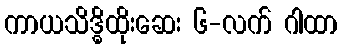
ကာယသိဒ္ဓိထိုးဆေး ၆-လက် ဂါထာ